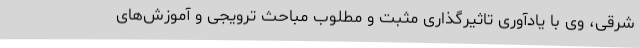
شرقی، وی با یادآوری تاثیرگذاری مثبت و مطلوب مباحث ترویجی و آموزش‌های